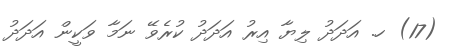
(17) ހ. އަދަދު ލިޔާ އިރު އަދަދު ކުރެވޭ ނަމާ ވަކީން އަދަދު